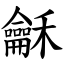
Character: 龢